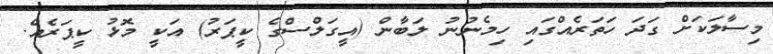
މިސާލަކަށް ގަދަ ހަތަރެއްގައި ހިމެނުނު ލަބާން (އީގަލްސްގެ ކީޕަރު) އަކީ މޮޅު ކީޕަރެއް.